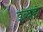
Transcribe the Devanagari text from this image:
इत्यहं